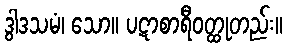
ဒွါဒသမံ၊ သော။ ပဋာစာရီဝတ္ထုတည်း။